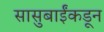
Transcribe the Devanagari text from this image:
सासुबाईंकडून